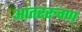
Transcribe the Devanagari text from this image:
आंतररुग्ण